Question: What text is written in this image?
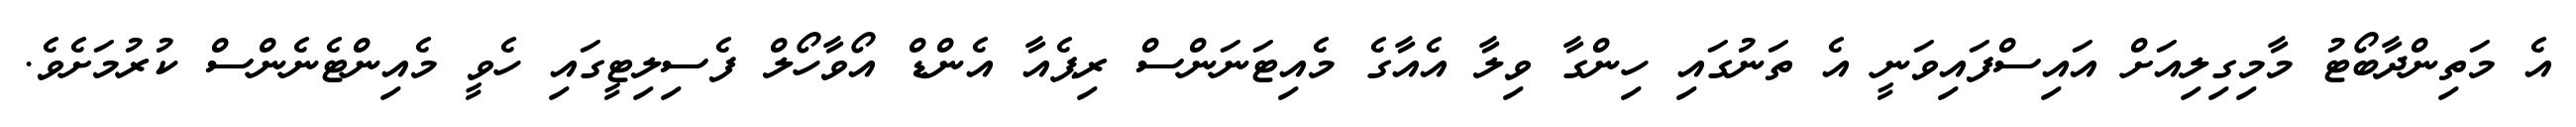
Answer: އެ މަތިންދާބޯޓު މާމިގިލިއަށް އައިސްފައިވަނީ އެ ތަނުގައި ހިންގާ ވިލާ އެއާގެ މެއިޓަނަންސް ރިޕެއާ އެންޑް އޯވާހޯލް ފެސިލިޓީގައި ހެވީ މެއިންޓެނެންސް ކުރުމަށެވެ.